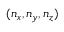
( n _ { x } , n _ { y } , n _ { z } )